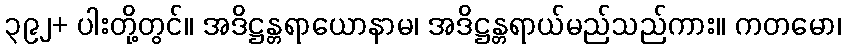
၃၉၂+ ပါးတို့တွင်။ အဒိဋ္ဌန္တရာယောနာမ၊ အဒိဋ္ဌန္တရာယ်မည်သည်ကား။ ကတမော၊